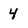
Character: 4